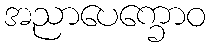
အညာပေက္ခောဝ